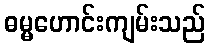
ဓမ္မဟောင်းကျမ်းသည်